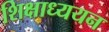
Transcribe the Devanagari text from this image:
शिक्षाध्ययन